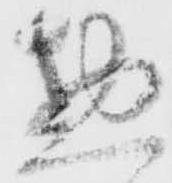
惣